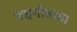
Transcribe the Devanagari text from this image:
पञ्चगौडका